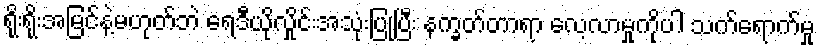
ရိုးရိုးအမြင်နဲ့မဟုတ်ဘဲ ရေဒီယိုလှိုင်းအသုံးပြုပြီး နက္ခတ်တာရာ လေ့လာမှုကိုပါ သက်ရောက်မှု